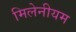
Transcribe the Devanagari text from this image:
मिलेनीयम